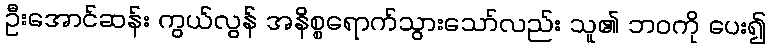
ဦးအောင်ဆန်း ကွယ်လွန် အနိစ္စရောက်သွားသော်လည်း သူ၏ ဘဝကို ပေး၍